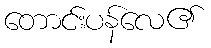
တောင်းပန်လေ၏